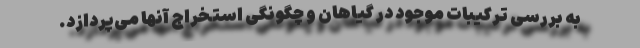
به بررسی ترکیبات موجود در گیاهان و چگونگی استخراج آنها می‌پردازد.